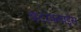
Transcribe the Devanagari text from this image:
बटरफ्लाईस